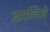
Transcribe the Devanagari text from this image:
डमलिसे